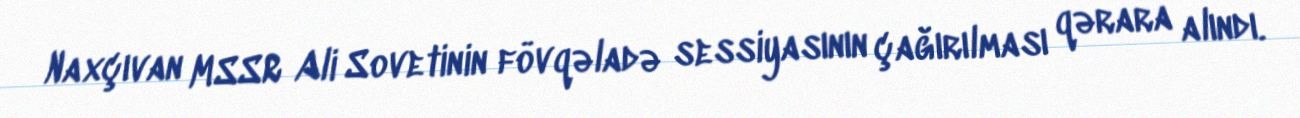
Naxçıvan MSSR Ali Sovetinin fövqəladə sessiyasının çağırılması qərara alındı.